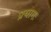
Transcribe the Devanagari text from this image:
प्रयागः